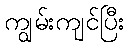
ကျွမ်းကျင်ပြီး